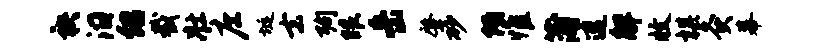
袂汨绍截壮庄埏去殉眼岳肇砂陌惟蒲速解收棋灸幕